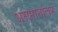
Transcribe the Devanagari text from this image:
असमानांतर